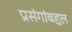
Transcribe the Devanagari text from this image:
प्रसंगांबद्दल